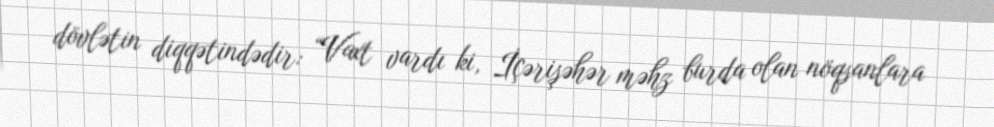
dövlətin diqqətindədir: “Vaxt vardı ki, İçərişəhər məhz burda olan nöqsanlara